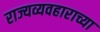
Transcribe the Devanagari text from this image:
राज्यव्यवहाराच्या